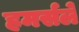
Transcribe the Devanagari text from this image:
हमर्सले